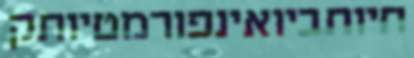
חיותביואינפורמטיותק